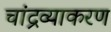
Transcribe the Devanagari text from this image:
चांद्रव्याकरण